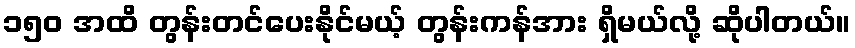
၁၅၀ အထိ တွန်းတင်ပေးနိုင်မယ့် တွန်းကန်အား ရှိမယ်လို့ ဆိုပါတယ်။